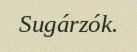
Sugárzók.